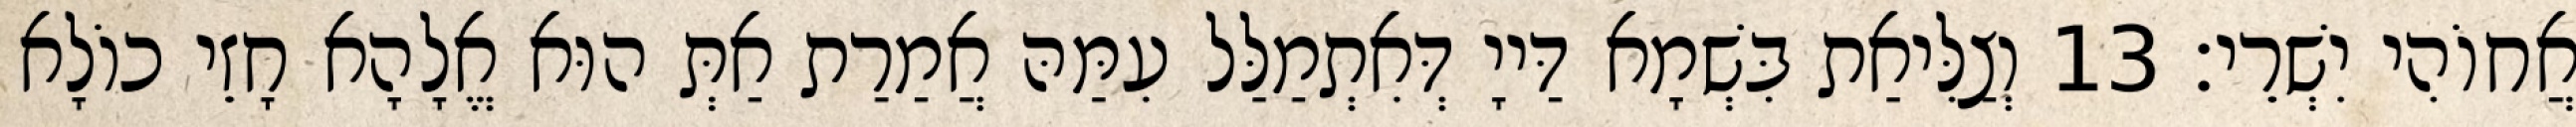
אֲחוֹהִי יִשְׁרֵי׃ 13 וְצַלִּיאַת בִּשְׁמָא דַּייָ דְּאִתְמַלַּל עִמַּהּ אֲמַרַת אַתְּ הוּא אֱלָהָא חָזֵי כוֹלָא